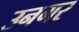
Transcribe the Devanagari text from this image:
उनगर